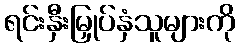
ရင်းနှီးမြှုပ်နှံသူများကို